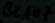
Text: BC107